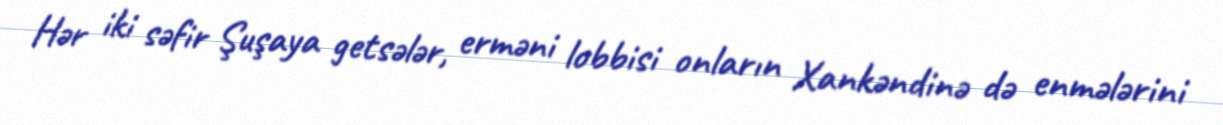
Hər iki səfir Şuşaya getsələr, erməni lobbisi onların Xankəndinə də enmələrini